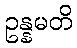
ဥန္နမတိ